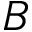
B